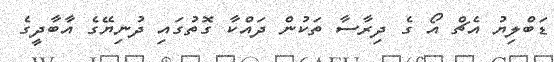
ޑަބްލިޔު އެޗް އޯ ގެ ދިރާސާ ތަކުން ދައްކާ ގޮތުގައި ދުުނިޔޭގެ އާބާދީގެ